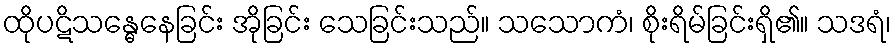
ထိုပဋိသန္ဓေနေခြင်း အိုခြင်း သေခြင်းသည်။ သသောကံ၊ စိုးရိမ်ခြင်းရှိ၏။ သဒရံ၊